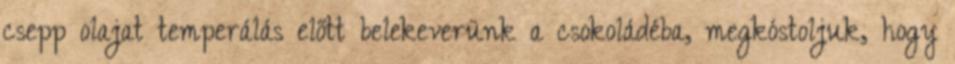
csepp olajat temperálás előtt belekeverünk a csokoládéba, megkóstoljuk, hogy